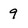
Character: 9